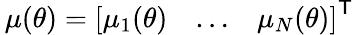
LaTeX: \, \mu(\theta)={\left[\begin{array}{lll}{\mu_{1}(\theta)}&{\dots}&{\mu_{N}(\theta)}\end{array}\right]}^{\textsf{T}}